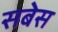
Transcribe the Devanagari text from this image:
सबेस